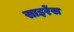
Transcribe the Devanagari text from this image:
साइरेंस